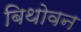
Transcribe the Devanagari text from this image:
बिथोवन